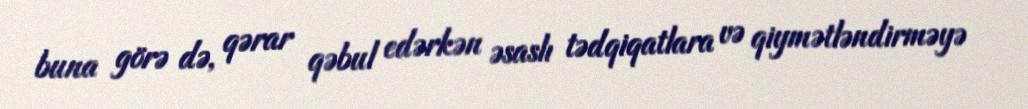
buna görə də, qərar qəbul edərkən əsaslı tədqiqatlara və qiymətləndirməyə